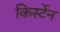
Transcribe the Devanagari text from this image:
किर्स्टेन